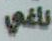
ناغي